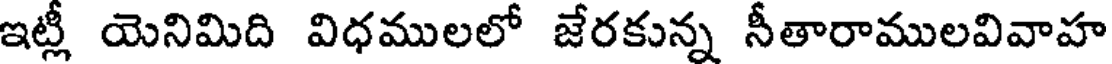
ఇట్లీ యెనిమిది విధములలో జేరకున్న నీతారాములవివాహ